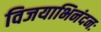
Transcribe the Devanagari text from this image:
विजयाभिनंदनः